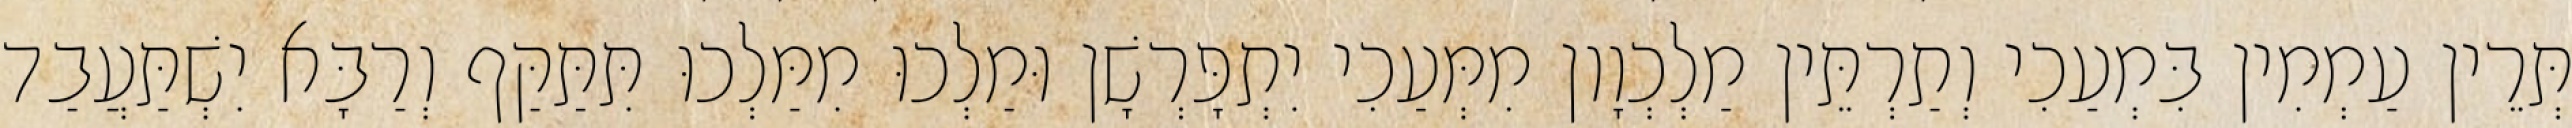
תְּרֵין עַמְמִין בִּמְעַכִי וְתַרְתֵּין מַלְכְוָון מִמְּעַכִי יִתְפָּרְשָׁן וּמַלְכוּ מִמַּלְכוּ תִּתַּקַּף וְרַבָּא יִשְׁתַּעֲבַד